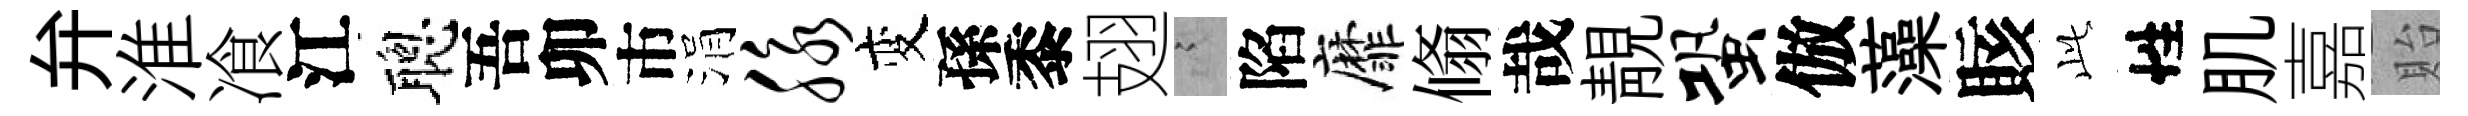
弁淮飡江聰吾卯市涓脉变孫黍翅謭陷靡翛哉靚蛩倣藻賅𬼘性肌嘉貽